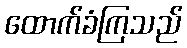
ထောက်ခံကြသည်